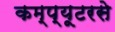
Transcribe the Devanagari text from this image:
कम्प्यूटरसे